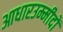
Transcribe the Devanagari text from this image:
आधारउम्मीदों